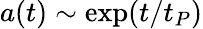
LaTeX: a(t)\sim\exp(t/t_{P})